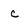
Character: c